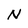
Character: N